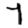
Digit: 7